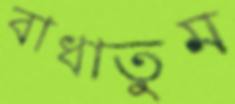
বাধাতুম